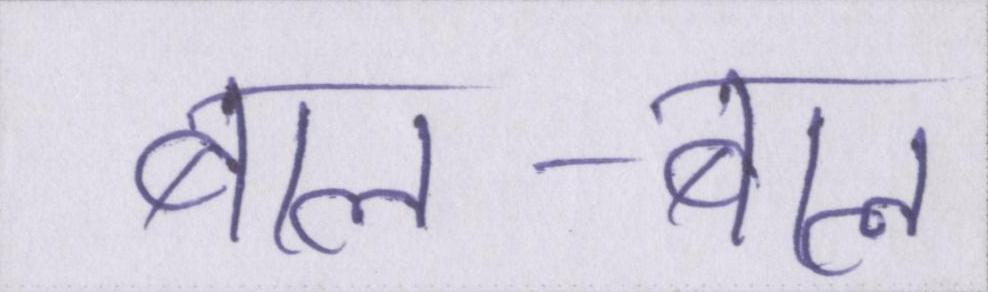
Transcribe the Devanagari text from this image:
बाल-बाल